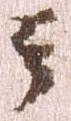
云